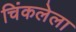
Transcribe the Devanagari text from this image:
चिंकलेला